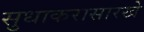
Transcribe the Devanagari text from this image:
सुधाकरासारखे